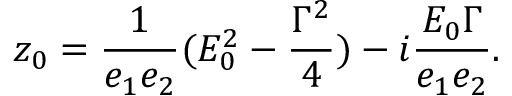
z _ { 0 } = \frac { 1 } { e _ { 1 } e _ { 2 } } ( E _ { 0 } ^ { 2 } - \frac { { \Gamma } ^ { 2 } } { 4 } ) - i \frac { E _ { 0 } { \Gamma } } { e _ { 1 } e _ { 2 } } .